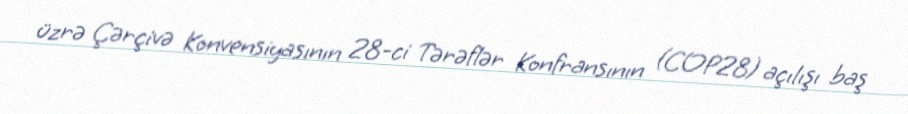
üzrə Çərçivə Konvensiyasının 28-ci Tərəflər Konfransının (COP28) açılışı baş